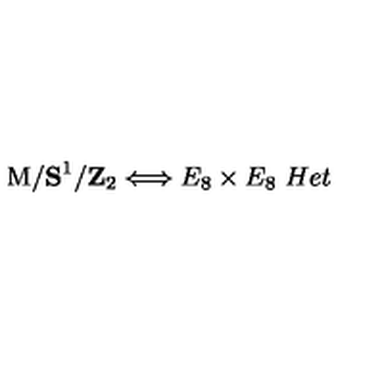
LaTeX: \mathrm { M } / { \bf S } ^ { 1 } / { \bf Z } _ { 2 } \Longleftrightarrow E _ { 8 } \times E _ { 8 } \ H e t